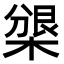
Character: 𣗰